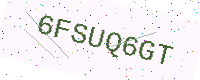
Text: 6FSUQ6GT